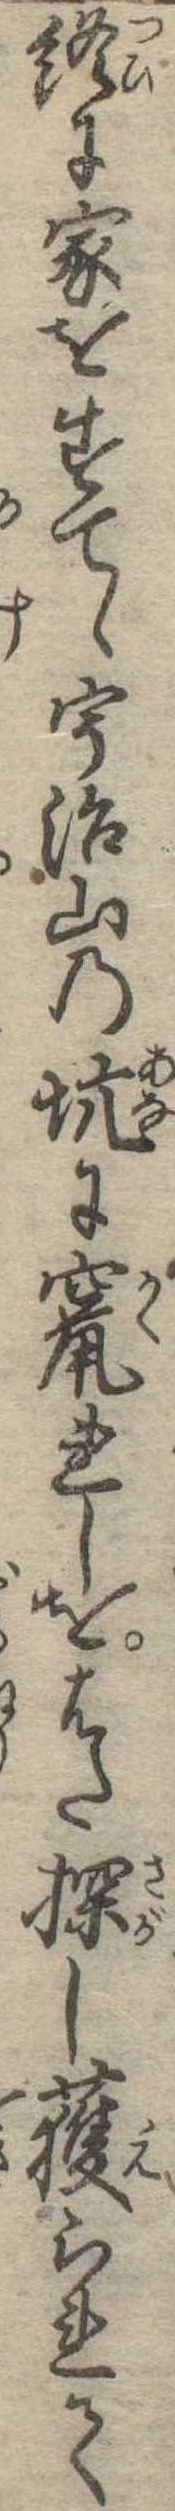
終に家をすてゝ宇治山の坑に竄れしをはた探し獲られて